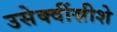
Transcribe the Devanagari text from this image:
उसेक्वींस्रीशे